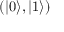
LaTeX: ( | 0 \rangle , | 1 \rangle )